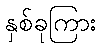
နှစ်ခုကြား